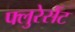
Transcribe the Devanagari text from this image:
फ्लुरेसेंट